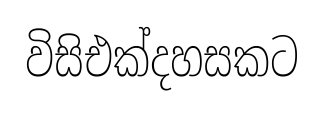
විසිඑක්දහසකට